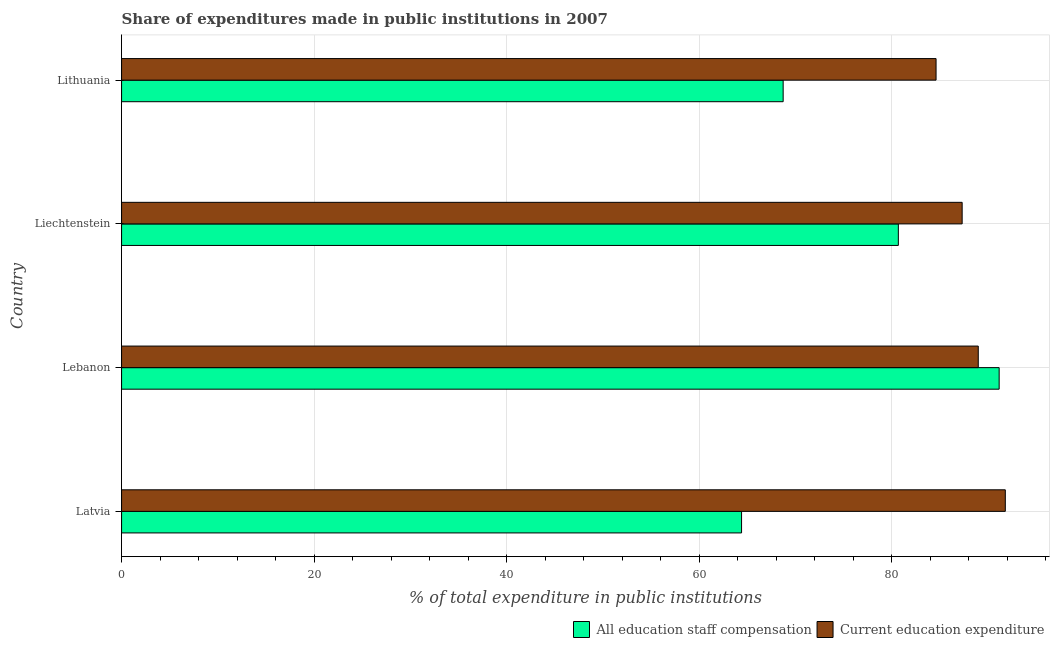
| Country | All education staff compensation | Current education expenditure |
 | --- | --- | --- |
 | Latvia | 64.4 | 91.8 |
 | Lebanon | 91.2 | 89 |
 | Liechtenstein | 80.7 | 87.3 |
 | Lithuania | 68.7 | 84.6 |